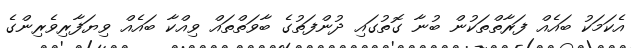
އެކަމަކު ބައެއް ފަރާތްތަކުން ބުނާ ގޮތުގައި ދުންފަތުގެ ބާވަތްތައް ވިއްކާ ބައެއް ވިޔަފާރިވެރިންގެ